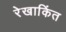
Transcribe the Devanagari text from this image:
रेखाकिंत